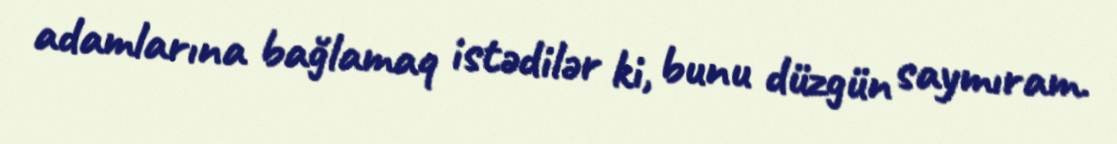
adamlarına bağlamaq istədilər ki, bunu düzgün saymıram.